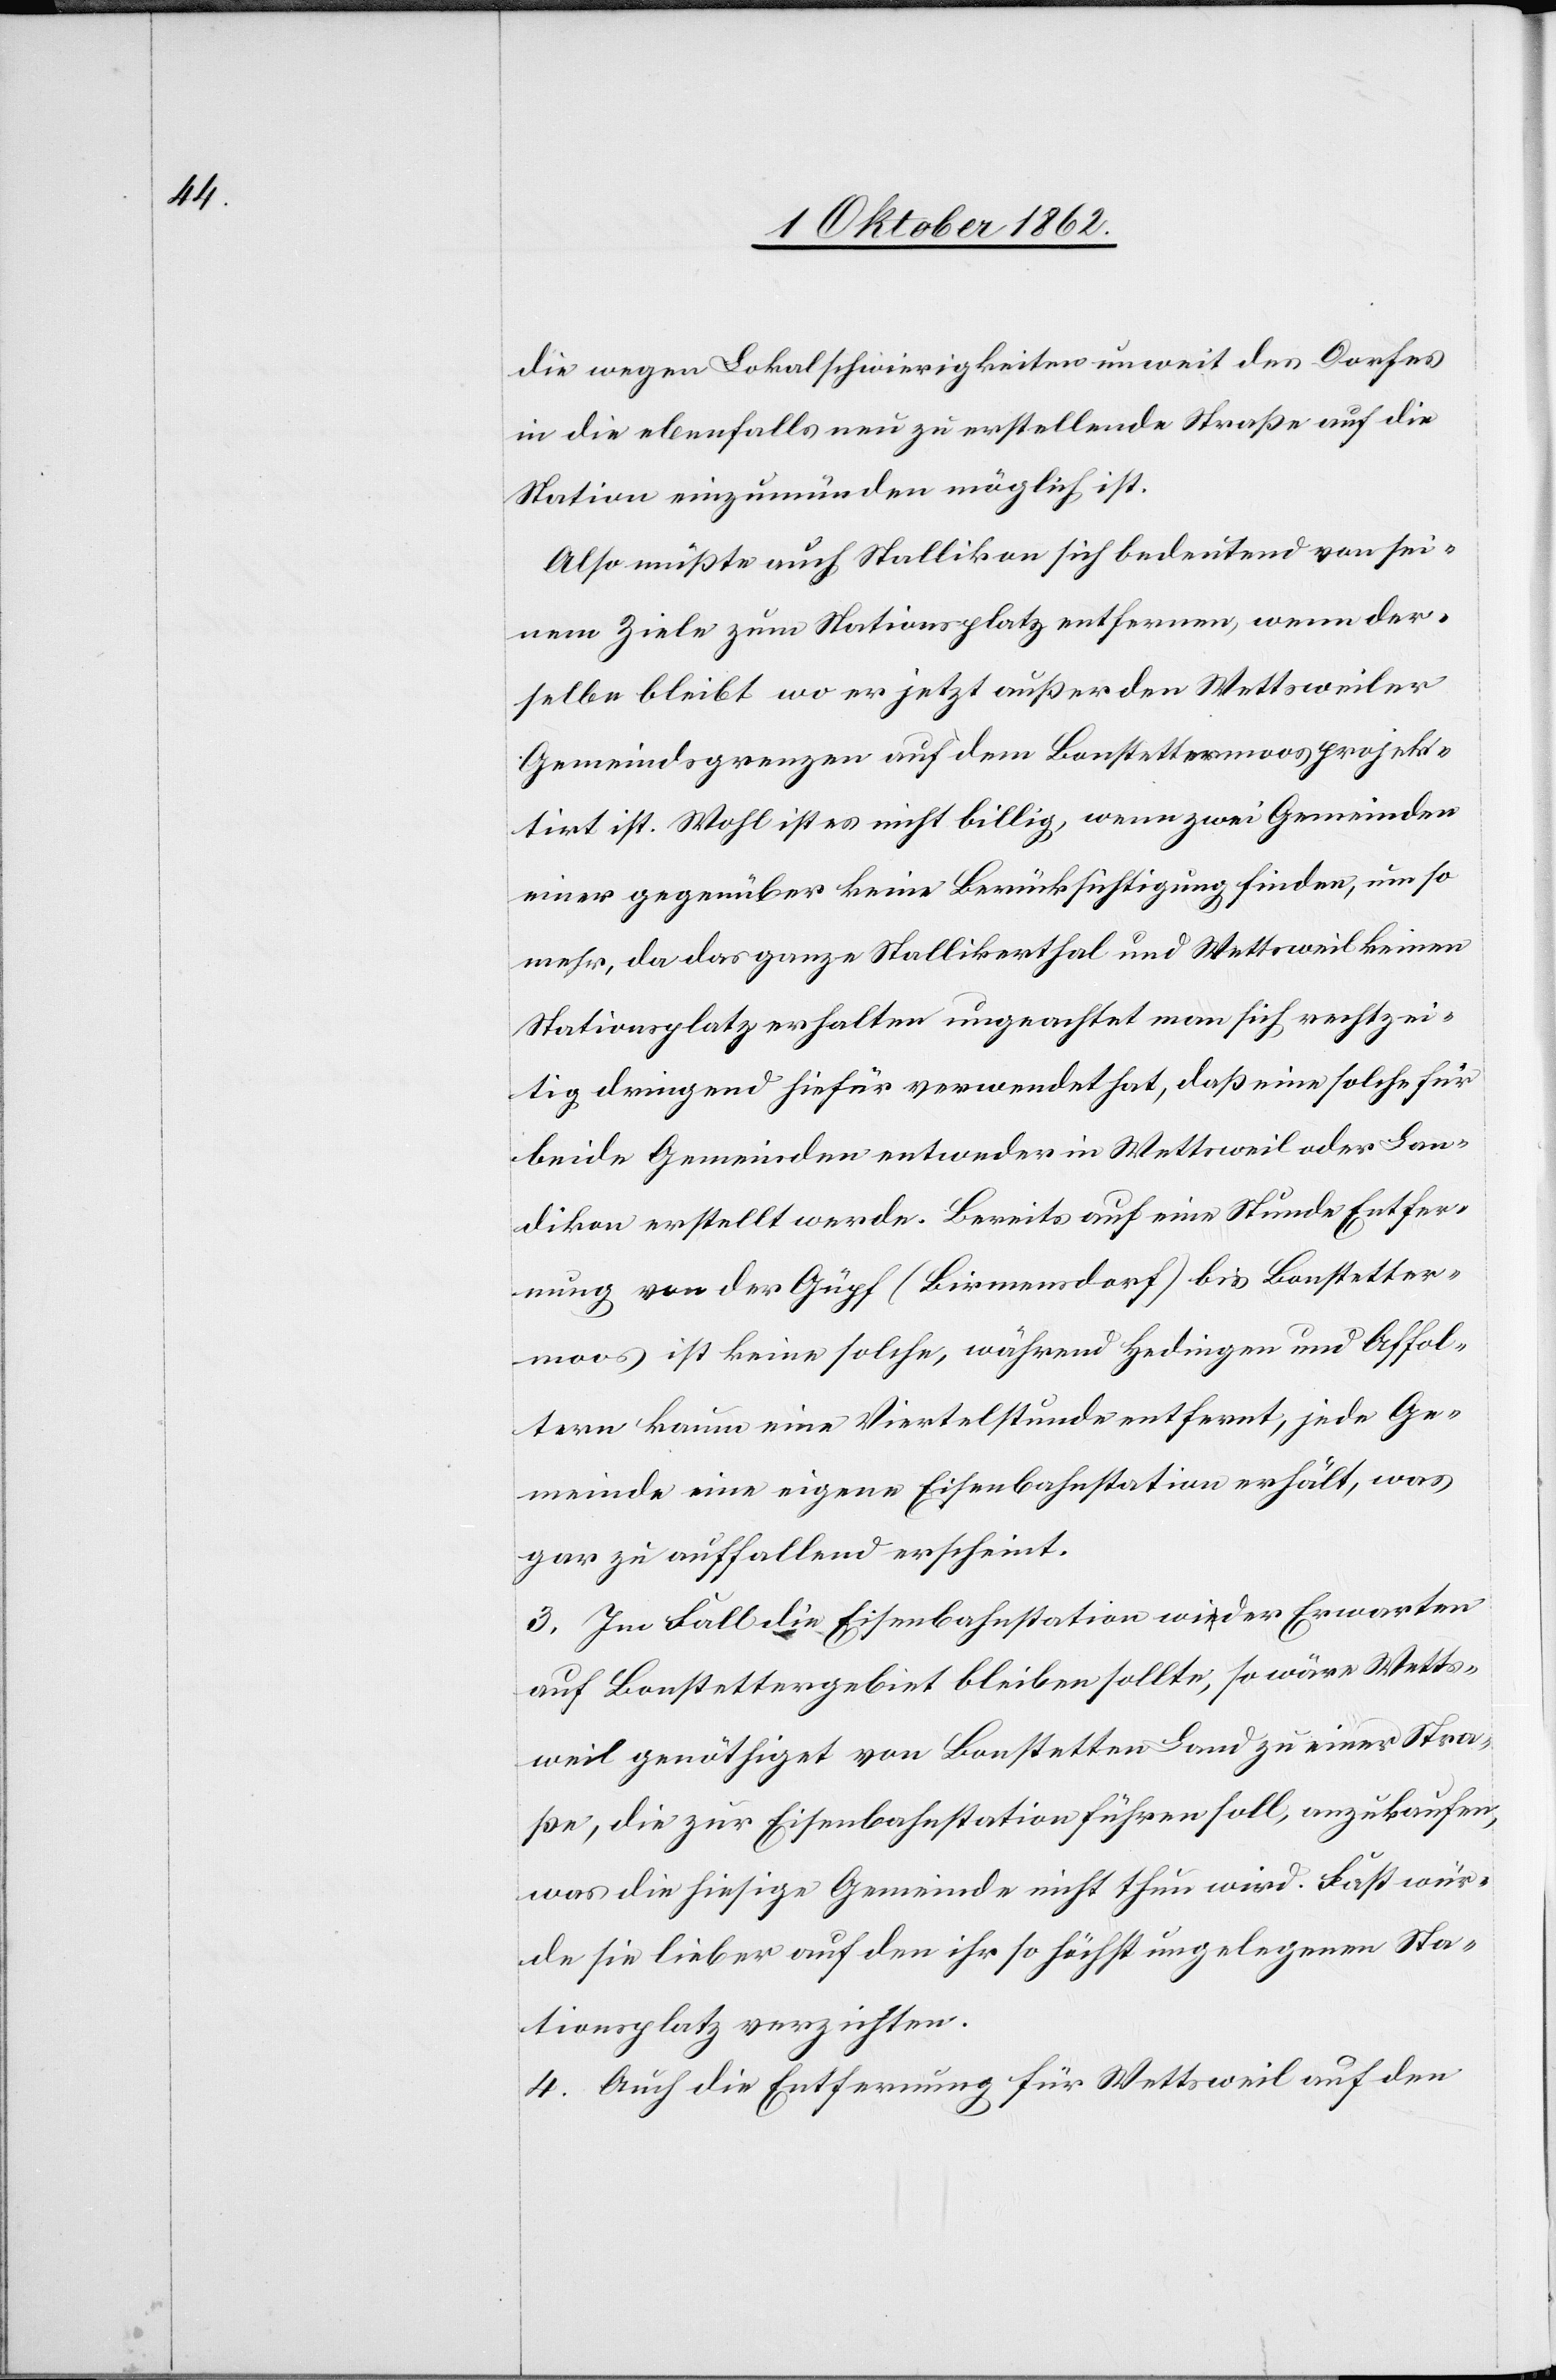
die wegen Lokalschwierigkeiten unweit des Dorfes
in die ebenfalls neu zu erstellende Straße auf die
Station einzumünden möglich ist.
Also müßte auch Stallikon sich bedeutend von sei¬
nem Ziele zum Stationsplatz entfernen, wenn der¬
selbe bleibt wo er jetzt außer den Wettsweiler
Gemeindsgrenzen auf dem Bonstettermoos projek¬
tirt ist. Wohl ist es nicht billig, wenn zwei Gemeinden
einer gegenüber keine Berücksichtigung finden, um so
mehr, da das ganze Stallikerthal und Wettsweil keinen
Stationsplatz erhalten ungeachtet man sich rechtzei¬
tig dringend hiefür verwendet hat, daß eine solche für
beide Gemeinden entweder in Wettsweil oder Lan¬
dikon erstellt werde. Bereits auf eine Stunde Entfer¬
nung von der Gupf (Birmensdorf) bis Bonstetter¬
moos ist keine solche, während Hedingen und Affol¬
tern kaum eine Viertelstunde entfernt, jede Ge¬
meinde eine eigene Eisenbahnstation erhält, was
gar zu auffallend erscheint.
3. Im Fall die Eisenbahnstation wider Erwarten
auf Bonstettergebiet bleiben sollte, so wäre Wetts¬
weil genöthiget von Bonstetten Land zu einer Stra¬
ße, die zur Eisenbahnstation führen soll, anzukaufen,
was die hiesige Gemeinde nicht thun wird. Fast wür¬
de sie lieber auf den ihr so höchst ungelegenen Sta¬
tionsplatz verzichten.
4. Auch die Entfernung für Wettsweil auf den